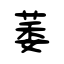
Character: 萎